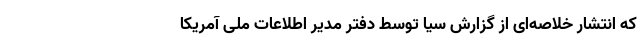
که انتشار خلاصه‌ای از گزارش سیا توسط دفتر مدیر اطلاعات ملی آمریکا